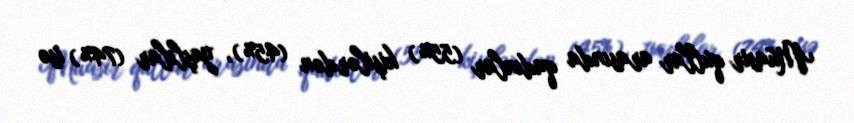
Müasir qullar arasında qadınlar (55%) kişilərdən (45%), yaşlılar (74%) isə